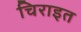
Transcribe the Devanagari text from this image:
चिराइत